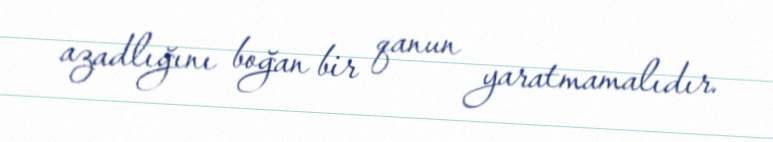
azadlığını boğan bir qanun yaratmamalıdır.